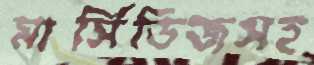
মার্সিডিজসহ